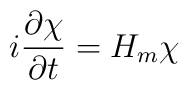
i\frac{\partial\chi}{\partial t}=H_m \chi